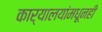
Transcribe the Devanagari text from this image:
कार्यालयांमधूनही